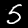
Digit: 5